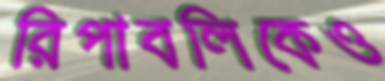
রিপাবলিকেও